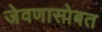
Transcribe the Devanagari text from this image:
जेवणासोबत